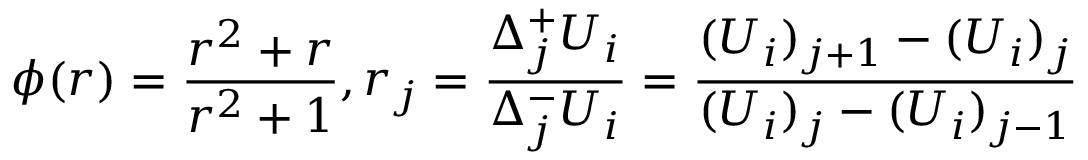
\phi ( r ) = \frac { r ^ { 2 } + r } { r ^ { 2 } + 1 } , r _ { j } = \frac { \Delta _ { j } ^ { + } U _ { i } } { \Delta _ { j } ^ { - } U _ { i } } = \frac { ( U _ { i } ) _ { j + 1 } - ( U _ { i } ) _ { j } } { ( U _ { i } ) _ { j } - ( U _ { i } ) _ { j - 1 } }